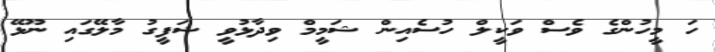
ހަ މީހުންގެ ވެސް ވަކީލް ހުސެއިން ޝަމީމް ވިދާޅުވީ ޝަފީގު މާލޭގައި ނޫޅޭ